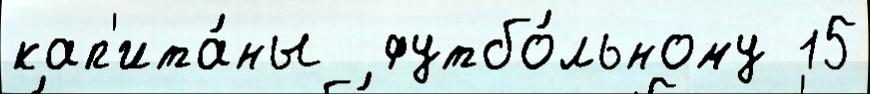
кап'ита́ны  футбо́льному 15